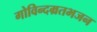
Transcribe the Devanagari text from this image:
गोविन्दम्रतभजन